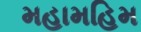
મહામહિમ